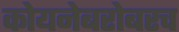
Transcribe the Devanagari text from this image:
कोयनेबरोबरच